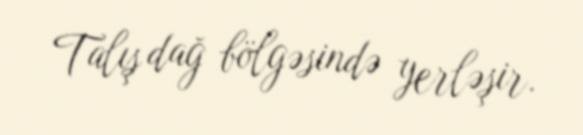
Talış dağ bölgəsində yerləşir.